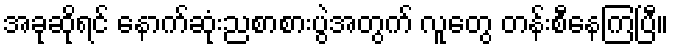
အခုဆိုရင် နောက်ဆုံးညစာစားပွဲအတွက် လူတွေ တန်းစီနေကြပြီ။